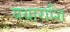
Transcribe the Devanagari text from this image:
यथाराशि